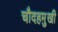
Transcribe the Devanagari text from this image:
चौदहमुखी